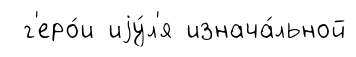
г'еро́и иjу́л'я изнача́льной